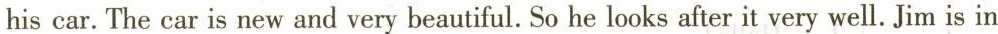
his car.The car is new and very beautiful.So he looks after it very well. Jim is in